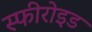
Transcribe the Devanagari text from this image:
स्फीरोइड